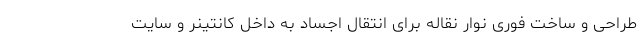
طراحی و ساخت فوری نوار نقاله برای انتقال اجساد به داخل کانتینر و سایت